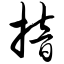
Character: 揞